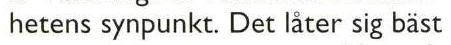
hetens synpunkt. Det låter sig bäst